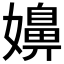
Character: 嬶